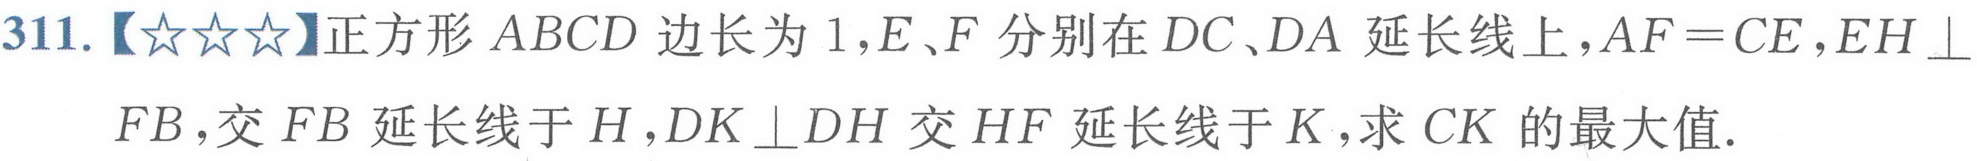
311.【★★★】正方形\(ABCD\)边长为\(1\)，\(E、F\)分别在\(DC、DA\)延长线上，\(AF = CE\)，\(EH\perp\)
\(FB\)，交\(FB\)延长线于\(H\)，\(DK\perp DH\)交\(HF\)延长线于\(K\)，求\(CK\)的最大值.